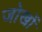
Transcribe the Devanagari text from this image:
जोखों